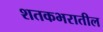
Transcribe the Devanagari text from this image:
शतकभरातील